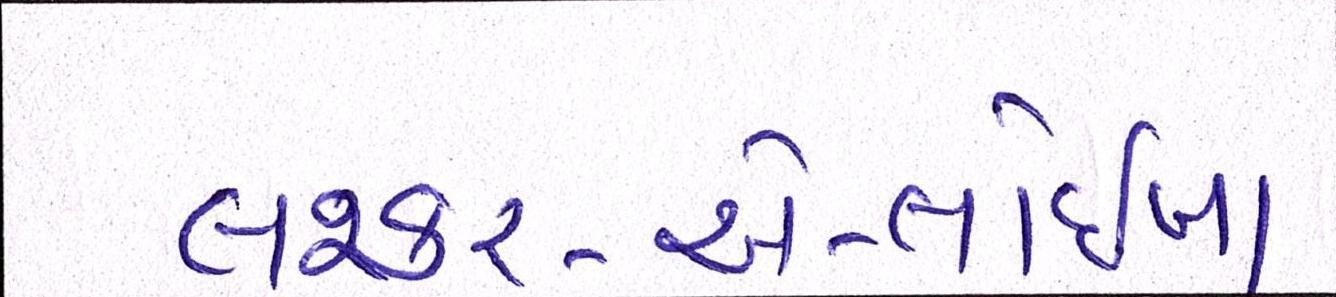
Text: લશ્કર-એ-તોઈબા